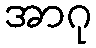
အာဂု